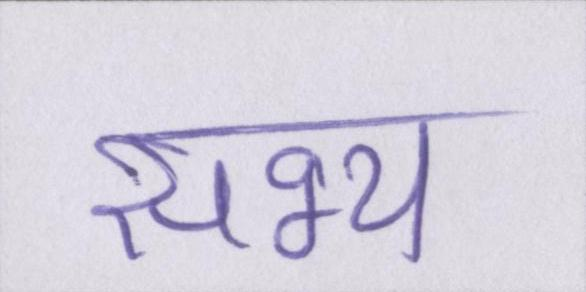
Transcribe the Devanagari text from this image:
सभ्य